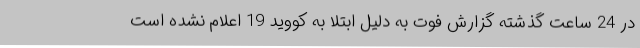
در 24 ساعت گذشته گزارش فوت به دلیل ابتلا به کووید 19 اعلام نشده است